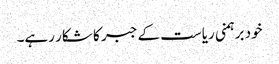
خود برہمنی ریاست کے جبر کا شکار رہے۔